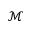
\mathcal { M }